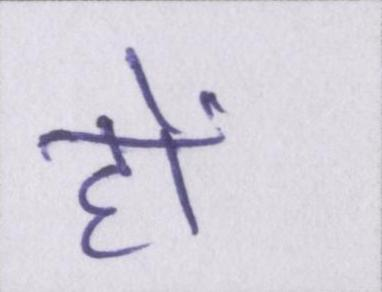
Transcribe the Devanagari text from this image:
हों